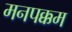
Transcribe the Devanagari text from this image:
मनपक्कम